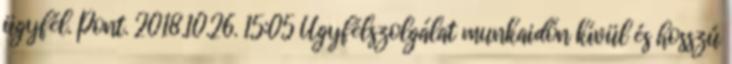
ügyfél. Pont. 2018.10.26. 15:05 Ügyfélszolgálat munkaidőn kívül és hosszú